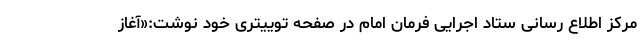
مرکز اطلاع رسانی ستاد اجرایی فرمان امام در صفحه توییتری خود نوشت:«آغاز